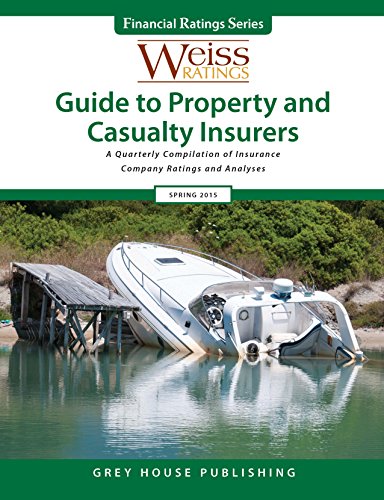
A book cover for Weiss Ratings Guide to Property & Casualty Insurers, Spring 2015: A Quarterly Compilation of Insurance Company Ratings and Analyses; Inc. Weiss Ratings; Business & Money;